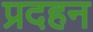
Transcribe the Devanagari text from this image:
प्रदहन